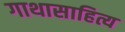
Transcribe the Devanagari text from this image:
गाथासाहित्य